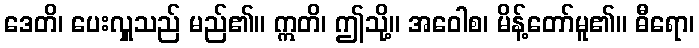
ဒေတိ၊ ပေးလှူသည် မည်၏။ ဣတိ၊ ဤသို့။ အဝေါစ၊ မိန့်တော်မူ၏။ ဓီရော၊